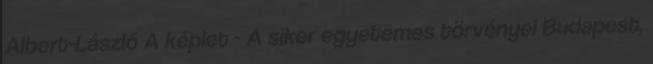
Albert-László A képlet - A siker egyetemes törvényei Budapest,